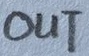
Text: OUT